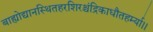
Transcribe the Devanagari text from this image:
बाह्योद्यानस्थितहरशिरश्चंद्रिकाधौतहर्म्या।।